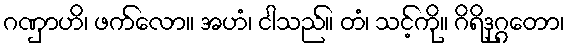
ဂဏှာဟိ၊ ဖက်လော။ အဟံ၊ ငါသည်။ တံ၊ သင့်ကို။ ဂိရိဒုဂ္ဂတော၊